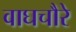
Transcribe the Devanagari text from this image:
वाघचौरे